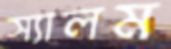
স্যালম